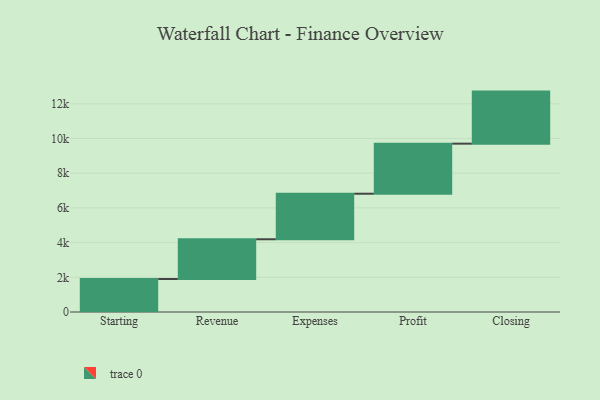
{"axis": {"x": "Step", "y": "Value"}, "legend": [""], "data": [{"x": "Starting", "y": 1903.0, "type": ""}, {"x": "Revenue", "y": 2289.0, "type": ""}, {"x": "Expenses", "y": 2625.0, "type": ""}, {"x": "Profit", "y": 2886.0, "type": ""}, {"x": "Closing", "y": 3000, "type": ""}]}